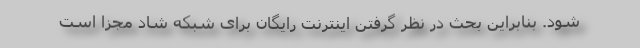
شود. بنابراین بحث در نظر گرفتن اینترنت رایگان برای شبکه شاد مجزا است